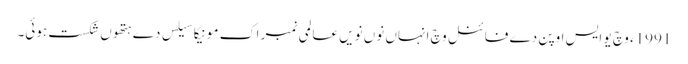
1991ء وچ یو ایس اوپن دے فائنل وچ انہاں نو‏ں نویں عالمی نمبر اک مونیکا سیلس دے ہتھو‏ں شکست ہوئی۔